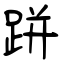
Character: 跰